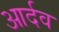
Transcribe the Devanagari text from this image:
आर्दव